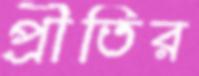
প্রীতির